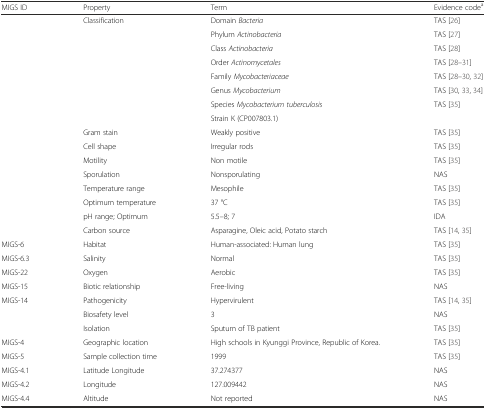
<table><thead><tr><td><b>MIGS ID</b></td><td><b>Property</b></td><td><b>Term</b></td><td><b>Evidence code<sup>a</sup></b></td></tr></thead><tbody><tr><td></td><td>Classification</td><td>Domain <i>Bacteria</i></td><td>TAS [26]</td></tr><tr><td></td><td></td><td>Phylum <i>Actinobacteria</i></td><td>TAS [27]</td></tr><tr><td></td><td></td><td>Class <i>Actinobacteria</i></td><td>TAS [28]</td></tr><tr><td></td><td></td><td>Order <i>Actinomycetales</i></td><td>TAS [28–31]</td></tr><tr><td></td><td></td><td>Family <i>Mycobacteriaceae</i></td><td>TAS [28–30, 32]</td></tr><tr><td></td><td></td><td>Genus <i>Mycobacterium</i></td><td>TAS [30, 33, 34]</td></tr><tr><td></td><td></td><td>Species <i>Mycobacterium tuberculosis</i></td><td>TAS [35]</td></tr><tr><td></td><td></td><td>Strain K (CP007803.1)</td><td></td></tr><tr><td></td><td>Gram stain</td><td>Weakly positive</td><td>TAS [35]</td></tr><tr><td></td><td>Cell shape</td><td>Irregular rods</td><td>TAS [35]</td></tr><tr><td></td><td>Motility</td><td>Non motile</td><td>TAS [35]</td></tr><tr><td></td><td>Sporulation</td><td>Nonsporulating</td><td>NAS</td></tr><tr><td></td><td>Temperature range</td><td>Mesophile</td><td>TAS [35]</td></tr><tr><td></td><td>Optimum temperature</td><td>37 °C</td><td>TAS [35]</td></tr><tr><td></td><td>pH range; Optimum</td><td>5.5–8; 7</td><td>IDA</td></tr><tr><td></td><td>Carbon source</td><td>Asparagine, Oleic acid, Potato starch</td><td>TAS [14, 35]</td></tr><tr><td>MIGS-6</td><td>Habitat</td><td>Human-associated: Human lung</td><td>TAS [35]</td></tr><tr><td>MIGS-6.3</td><td>Salinity</td><td>Normal</td><td>TAS [35]</td></tr><tr><td>MIGS-22</td><td>Oxygen</td><td>Aerobic</td><td>TAS [35]</td></tr><tr><td>MIGS-15</td><td>Biotic relationship</td><td>Free-living</td><td>NAS</td></tr><tr><td>MIGS-14</td><td>Pathogenicity</td><td>Hypervirulent</td><td>TAS [14, 35]</td></tr><tr><td></td><td>Biosafety level</td><td>3</td><td>NAS</td></tr><tr><td></td><td>Isolation</td><td>Sputum of TB patient</td><td>TAS [35]</td></tr><tr><td>MIGS-4</td><td>Geographic location</td><td>High schools in Kyunggi Province, Republic of Korea.</td><td>TAS [35]</td></tr><tr><td>MIGS-5</td><td>Sample collection time</td><td>1999</td><td>TAS [35]</td></tr><tr><td>MIGS-4.1</td><td>Latitude Longitude</td><td>37.274377</td><td>NAS</td></tr><tr><td>MIGS-4.2</td><td>Longitude</td><td>127.009442</td><td>NAS</td></tr><tr><td>MIGS-4.4</td><td>Altitude</td><td>Not reported</td><td>NAS</td></tr></tbody></table>